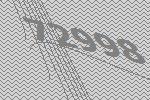
72998